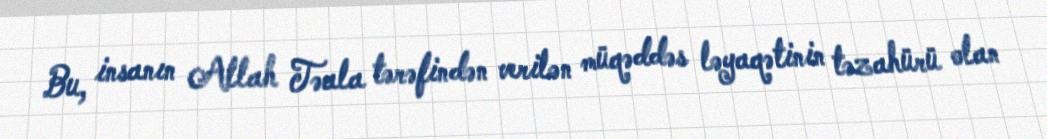
Bu, insanın Allah Təala tərəfindən verilən müqəddəs ləyaqətinin təzahürü olan